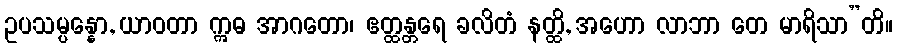
ဥပသမ္ပန္နော, ယာဝတာ ဣဓ အာဂတော၊ ဧတ္ထန္တရေ ခလိတံ နတ္ထိ, အဟော လာဘာ တေ မာရိသာ”တိ။